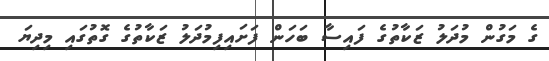
ގެ މަގުން މުދަލު ޒަކާތުގެ ފައިސާ ބަހަން ފަށައިފިމުދަލު ޒަކާތުގެ ގޮތުގައި މިދިޔަ